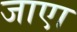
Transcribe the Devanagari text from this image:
जाएा